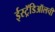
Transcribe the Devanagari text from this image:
ईस्ट्रॅडिऑलची